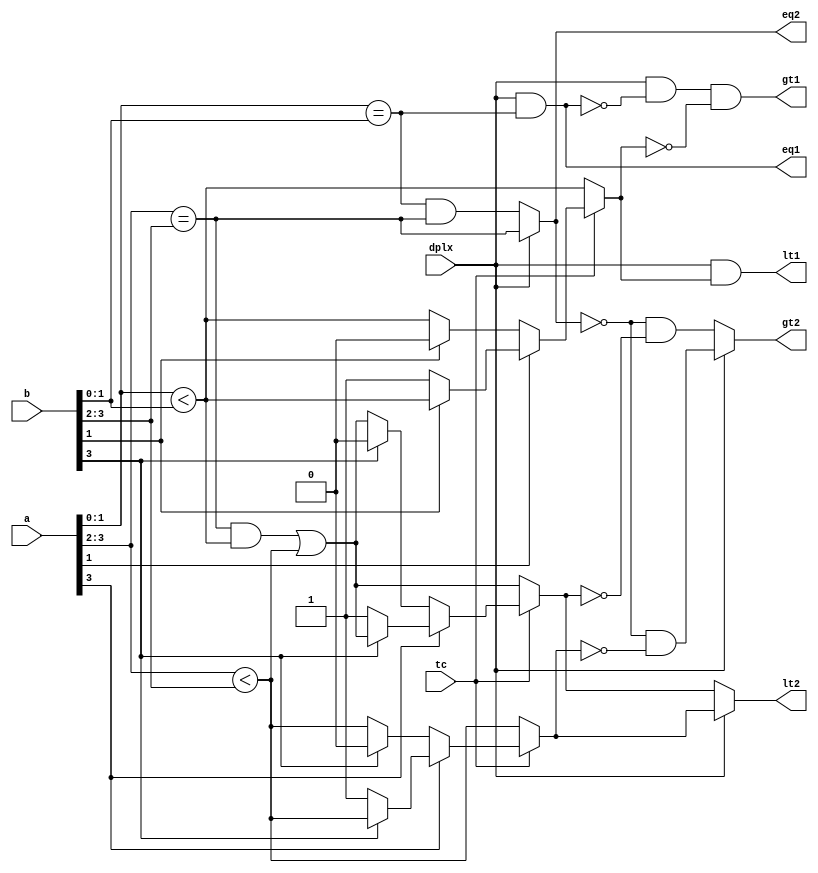


//--------------------------------------------------------------------------------------------------
//
// Title       : DW_cmp_dx
// Design      : Duplex Comparator

// Company     : 
//-------------------------------------------------------------------------------------------------
// Description : The DW_cmp_dx compares operands a and b as either:
//  A single comparison of width bits (simplex mode [dplx is 0]), or
//  Two comparisons: one of p1_width (least significant) bits and one of
// (width - p1_width) (most significant) bits (duplex mode [dplx is 1]).
//
//-------------------------------------------------------------------------------------------------

module DW_cmp_dx ( a, b, tc, dplx, eq1, lt1, gt1, eq2, lt2, gt2 )/* synthesis syn_builtin_du = "weak" */;
	parameter width = 4;
	parameter p1_width = 2;
	
	//Input/output declaration
	input [width - 1 : 0]        a;               
	input [width - 1 : 0] 	   	 b;               
	input                 	   	 tc;              
	input                 	   	 dplx;            
							   	                  
	output                	   	 eq1;             
	output                	   	 lt1;             
	output                	   	 gt1;             
	output                	   	 eq2;             
	output                	   	 lt2;             
	output                	   	 gt2;             
							     
	//Internal signal declaration
	wire   						 lt_full;       
	wire   						 eq_full;       
	wire   						 lt_part1;      
	wire   						 eq_part1;	  
	wire   						 lt_part2;      
	wire   						 eq_part2;      
	
	

wire LESS_p1 = a[p1_width - 1 : 0] < b[p1_width - 1 : 0];  
wire LESS_p2 =  a[width - 1 : p1_width] < b[width - 1 : p1_width];  


/************P1_Width Comparision*********/	

assign lt_part1 = tc ? 
			( a[p1_width-1] ? ( b[p1_width - 1] ? LESS_p1 : 1'b1 ) : ( b[p1_width - 1] ? 1'b0 : LESS_p1 ) ) : LESS_p1;

assign eq_part1 = (a[p1_width - 1 : 0] == b[p1_width - 1 : 0]) ;

/************P2_Width Comparision*********/	

assign lt_part2 = tc ?
			( a[width - 1] ? ( b[width - 1] ? LESS_p2 : 1'b1 ) : ( b[width - 1] ? 1'b0 : LESS_p2 ) ) : LESS_p2;

assign eq_part2 = (a[width - 1 : p1_width] == b[width - 1 : p1_width]);

/************Full Width Comparision*********/	
wire LESS = ( eq_part2 & LESS_p1 | LESS_p2 );

assign lt_full = tc ? ( a[width-1] ? ( b[width-1] ? LESS : 1'b1 ) : ( b[width-1] ? 1'b0 : LESS ) ) : LESS;

assign eq_full = eq_part1 & eq_part2;			

// Update the output ports based on duplex input

// For Part1 comparision 			 
	
assign eq1 = dplx &  eq_part1;
assign lt1 = dplx &  lt_part1;
assign gt1 = dplx & ~eq1 & ~lt_part1; //dplx ?  ( (eq1) ? 0 : ~lt_part1 ): 0 ; 

// For part2 or full width comparision
	
assign eq2 = dplx ?  eq_part2 : eq_full;
assign lt2 = dplx ?  lt_part2 : lt_full;
assign gt2 = dplx ? (~eq2 & ~lt_part2) : (~eq2 & ~lt_full);

endmodule